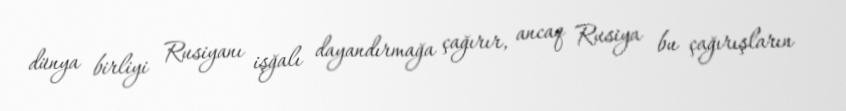
dünya birliyi Rusiyanı işğalı dayandırmağa çağırır, ancaq Rusiya bu çağırışların